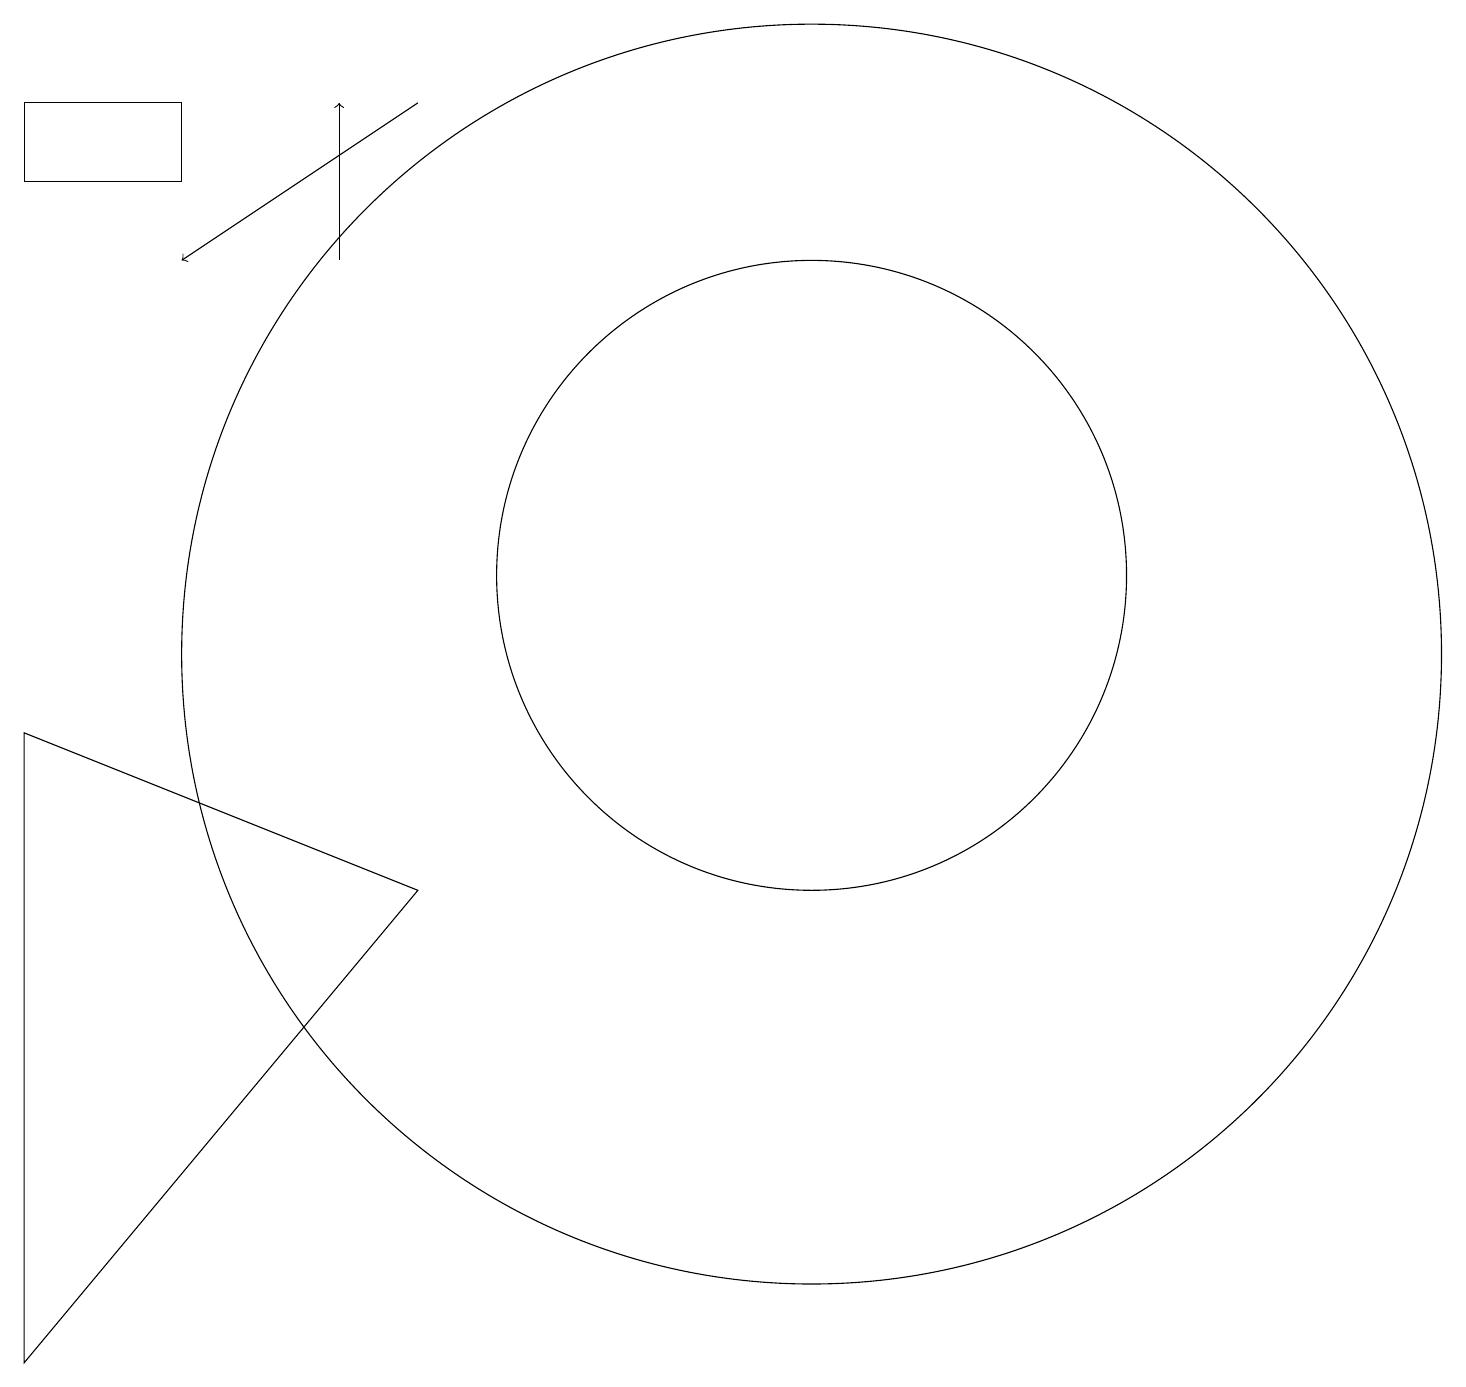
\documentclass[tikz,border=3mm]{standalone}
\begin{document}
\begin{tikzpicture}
\draw[->] (7,17) -- (4,15);
\draw (12,11) circle (4);
\draw (7,7) -- (2,9) -- (2,1) -- cycle;
\draw[->] (6,15) -- (6,17);
\draw (12,10) circle (8);
\draw (4,17) rectangle (2,16);
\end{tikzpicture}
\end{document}